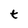
Character: t